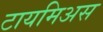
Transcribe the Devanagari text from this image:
टायमिअस